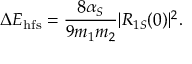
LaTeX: \Delta E _ { \mathrm { h f s } } = \frac { 8 \alpha _ { S } } { 9 m _ { 1 } m _ { 2 } } | R _ { 1 S } ( 0 ) | ^ { 2 } .